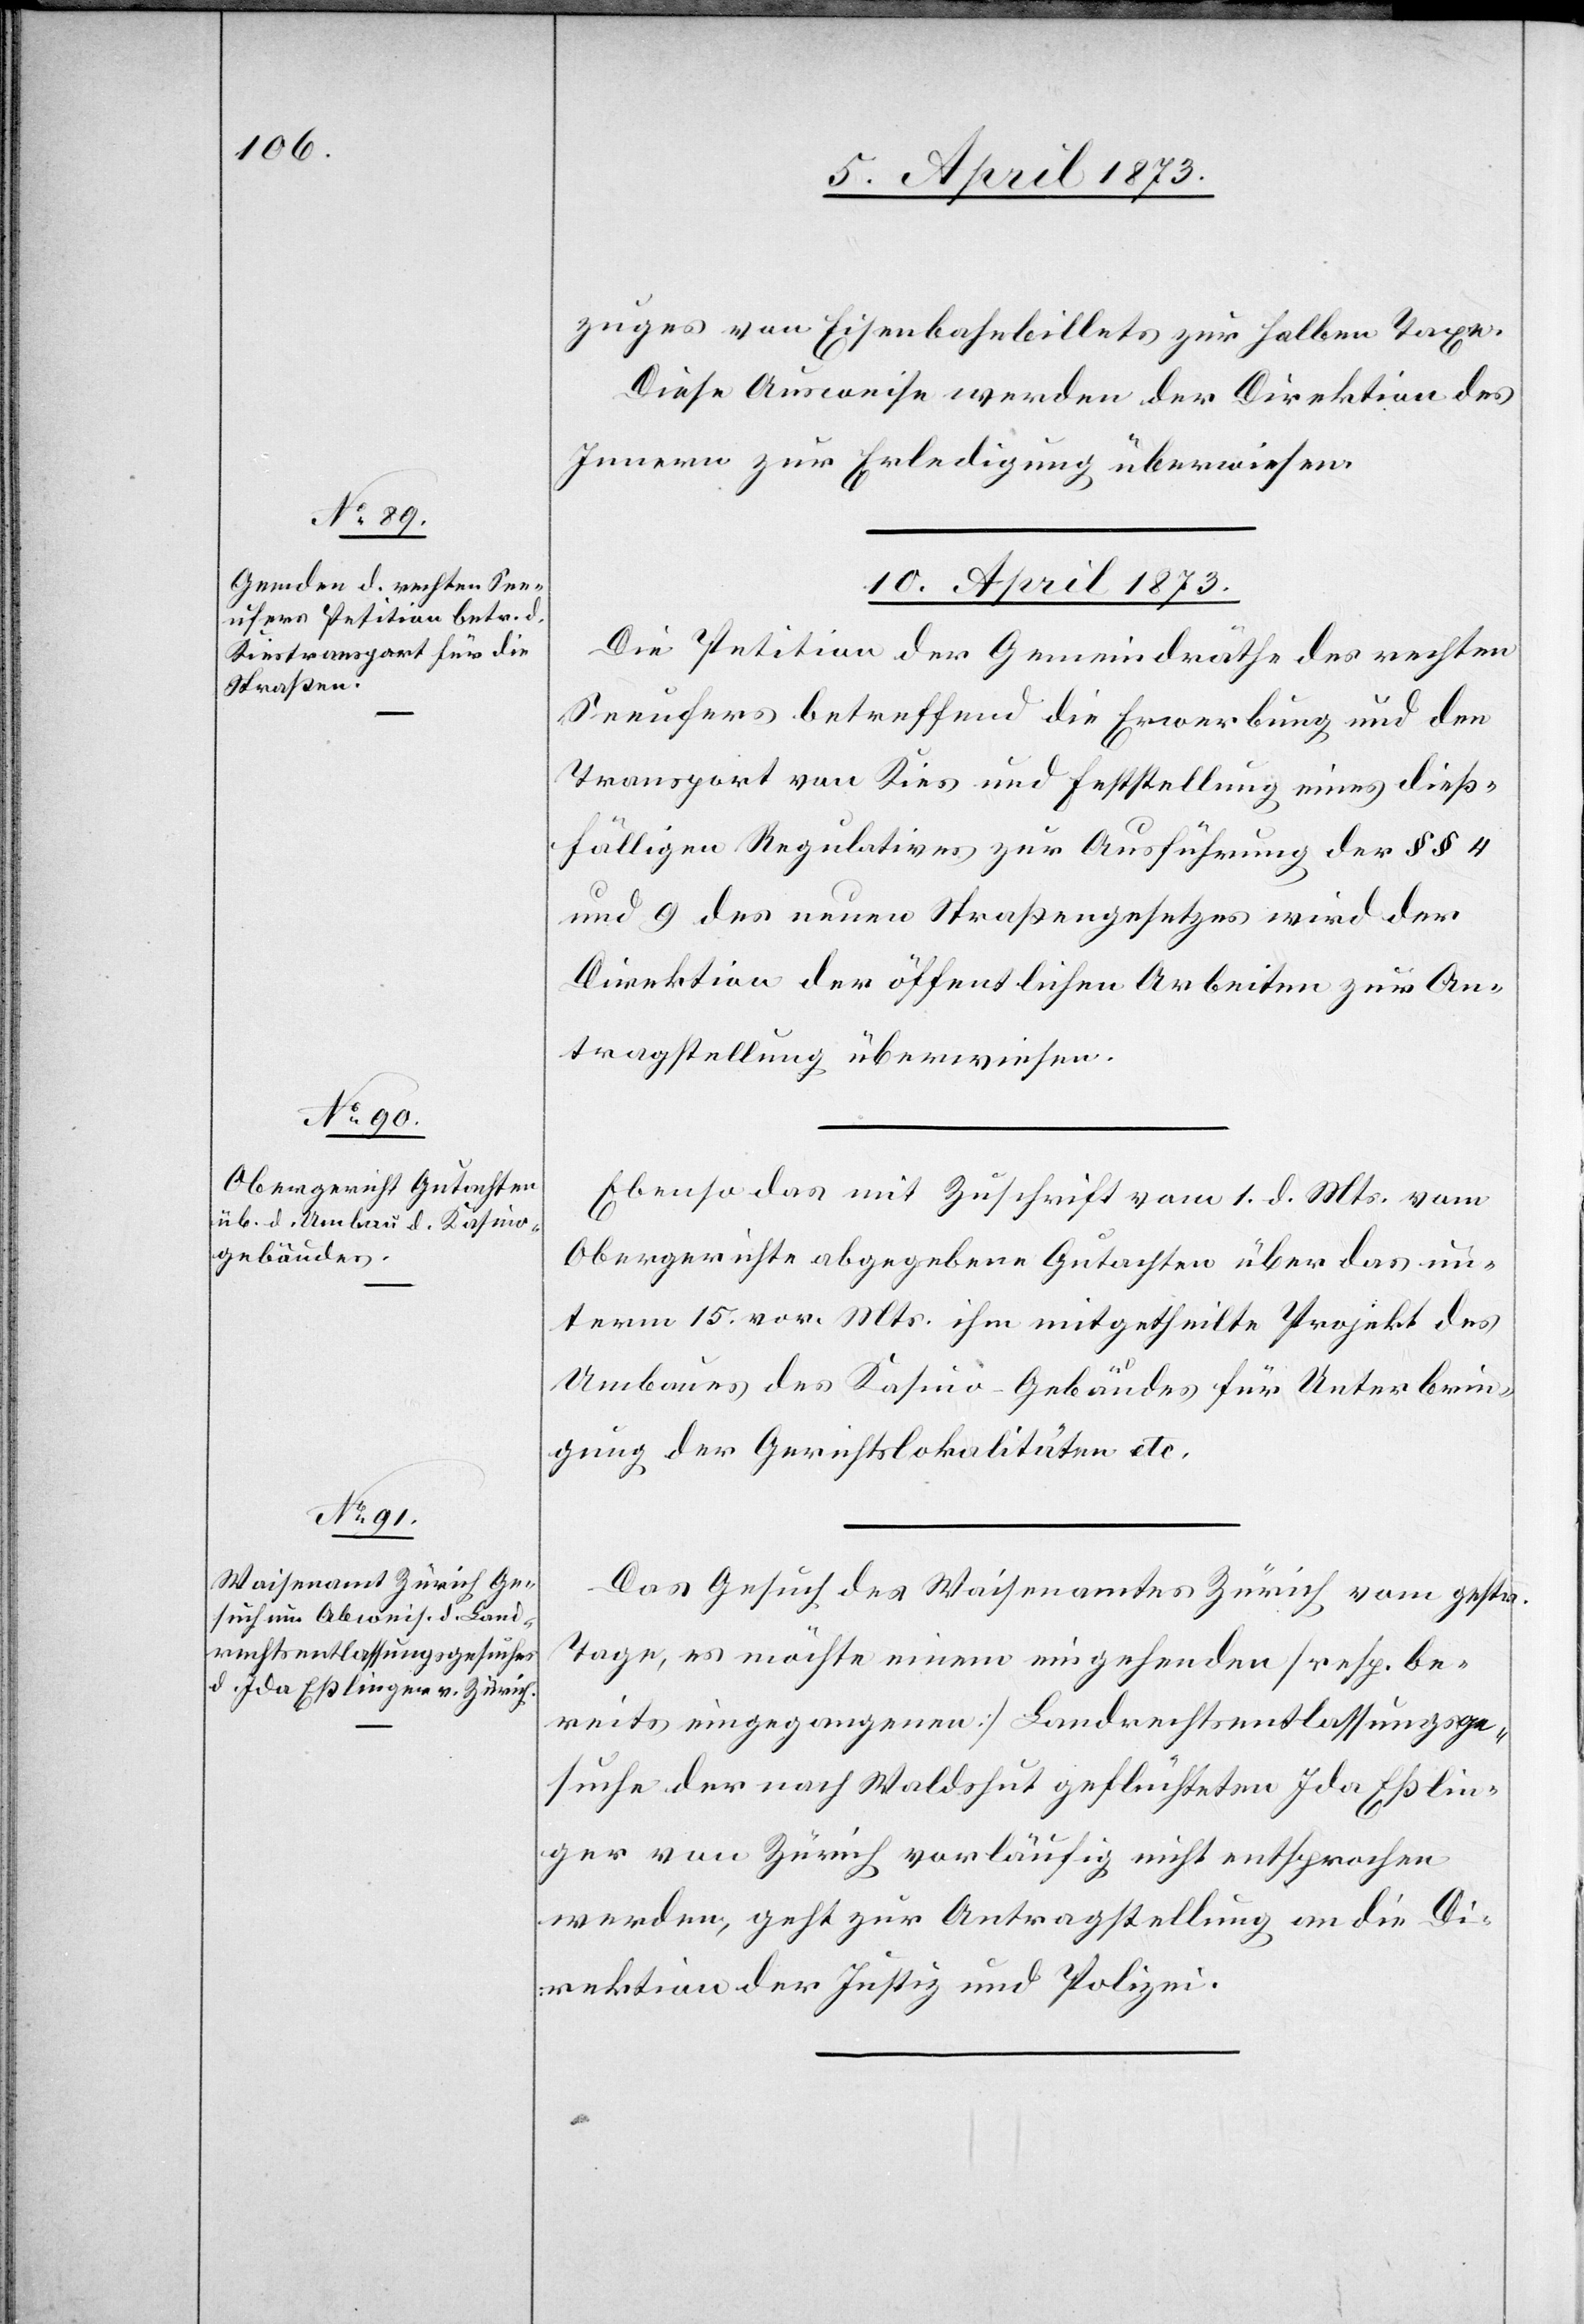
zugs von Eisenbahnbillets zur halben Taxe.
Diese Ausweise werden der Direktion des
Innern zur Erledigung überwiesen.
10. April 1873]
Die Petition der Gemeindräthe des rechten
Seeufers betreffend die Erwerbung und den
Transport von Kies und Feststellung eines dieß¬
fälligen Regulatives zur Ausführung der §§ 4
und 9 des neuen Straßengesetzes wird der
Direktion der öffentlichen Arbeiten zur An¬
tragstellung überwiesen.
Ebenso das mit Zuschrift vom 1. d. Mts. vom
Obergerichte abgegebene Gutachten über das un¬
term 15. vor. Mts. ihm mitgetheilte Projekt des
Umbaues des Kasino-Gebäudes für Unterbrin¬
gung der Gerichtslokalitäten etc.
Das Gesuch des Waisenamtes Zürich vom gestr.
Tage, es möchte einem eingehenden [resp. be¬
reits eingegangenen] Landrechtsentlassungsge¬
suche der nach Waldshut geflüchteten Ida Eßlin¬
ger von Zürich vorläufig nicht entsprochen
werden, geht zur Antragstellung an die Di¬
rektion der Justiz und Polizei.